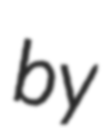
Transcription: by